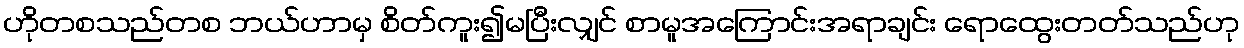
ဟိုတစသည်တစ ဘယ်ဟာမှ စိတ်ကူး၍မပြီးလျှင် စာမူအကြောင်းအရာချင်း ရောထွေးတတ်သည်ဟု